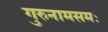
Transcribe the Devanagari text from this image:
गुरुनामसमः